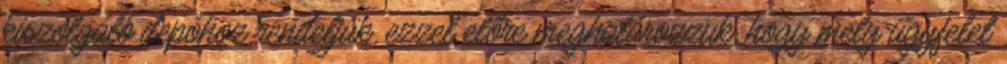
kiszolgáló depóhoz rendeljük, ezzel előre meghatározzuk, hogy mely ügyfelet